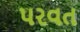
પરવત